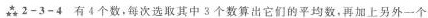
2-3-4有4个数，每次选取其中3个数算出它们的平均数，再加上另外一个